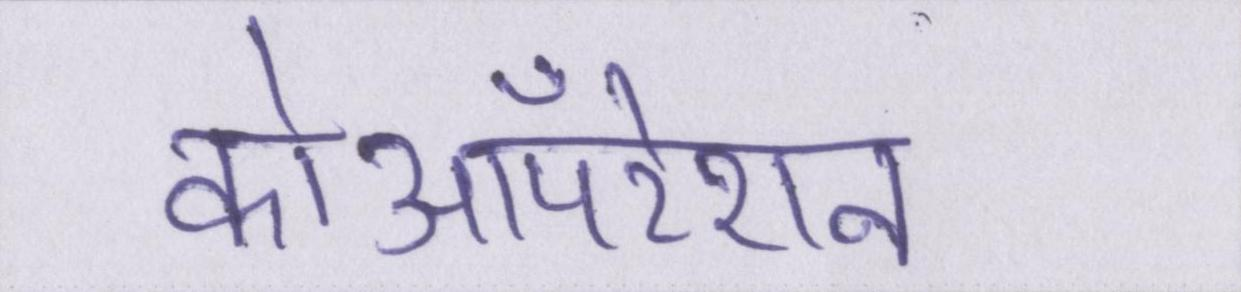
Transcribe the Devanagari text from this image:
कोऑपरेशन